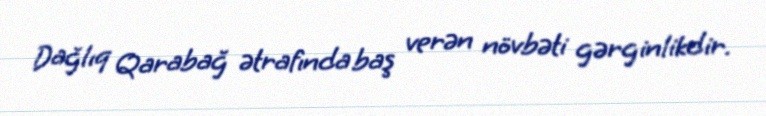
Dağlıq Qarabağ ətrafında baş verən növbəti gərginlikdir.